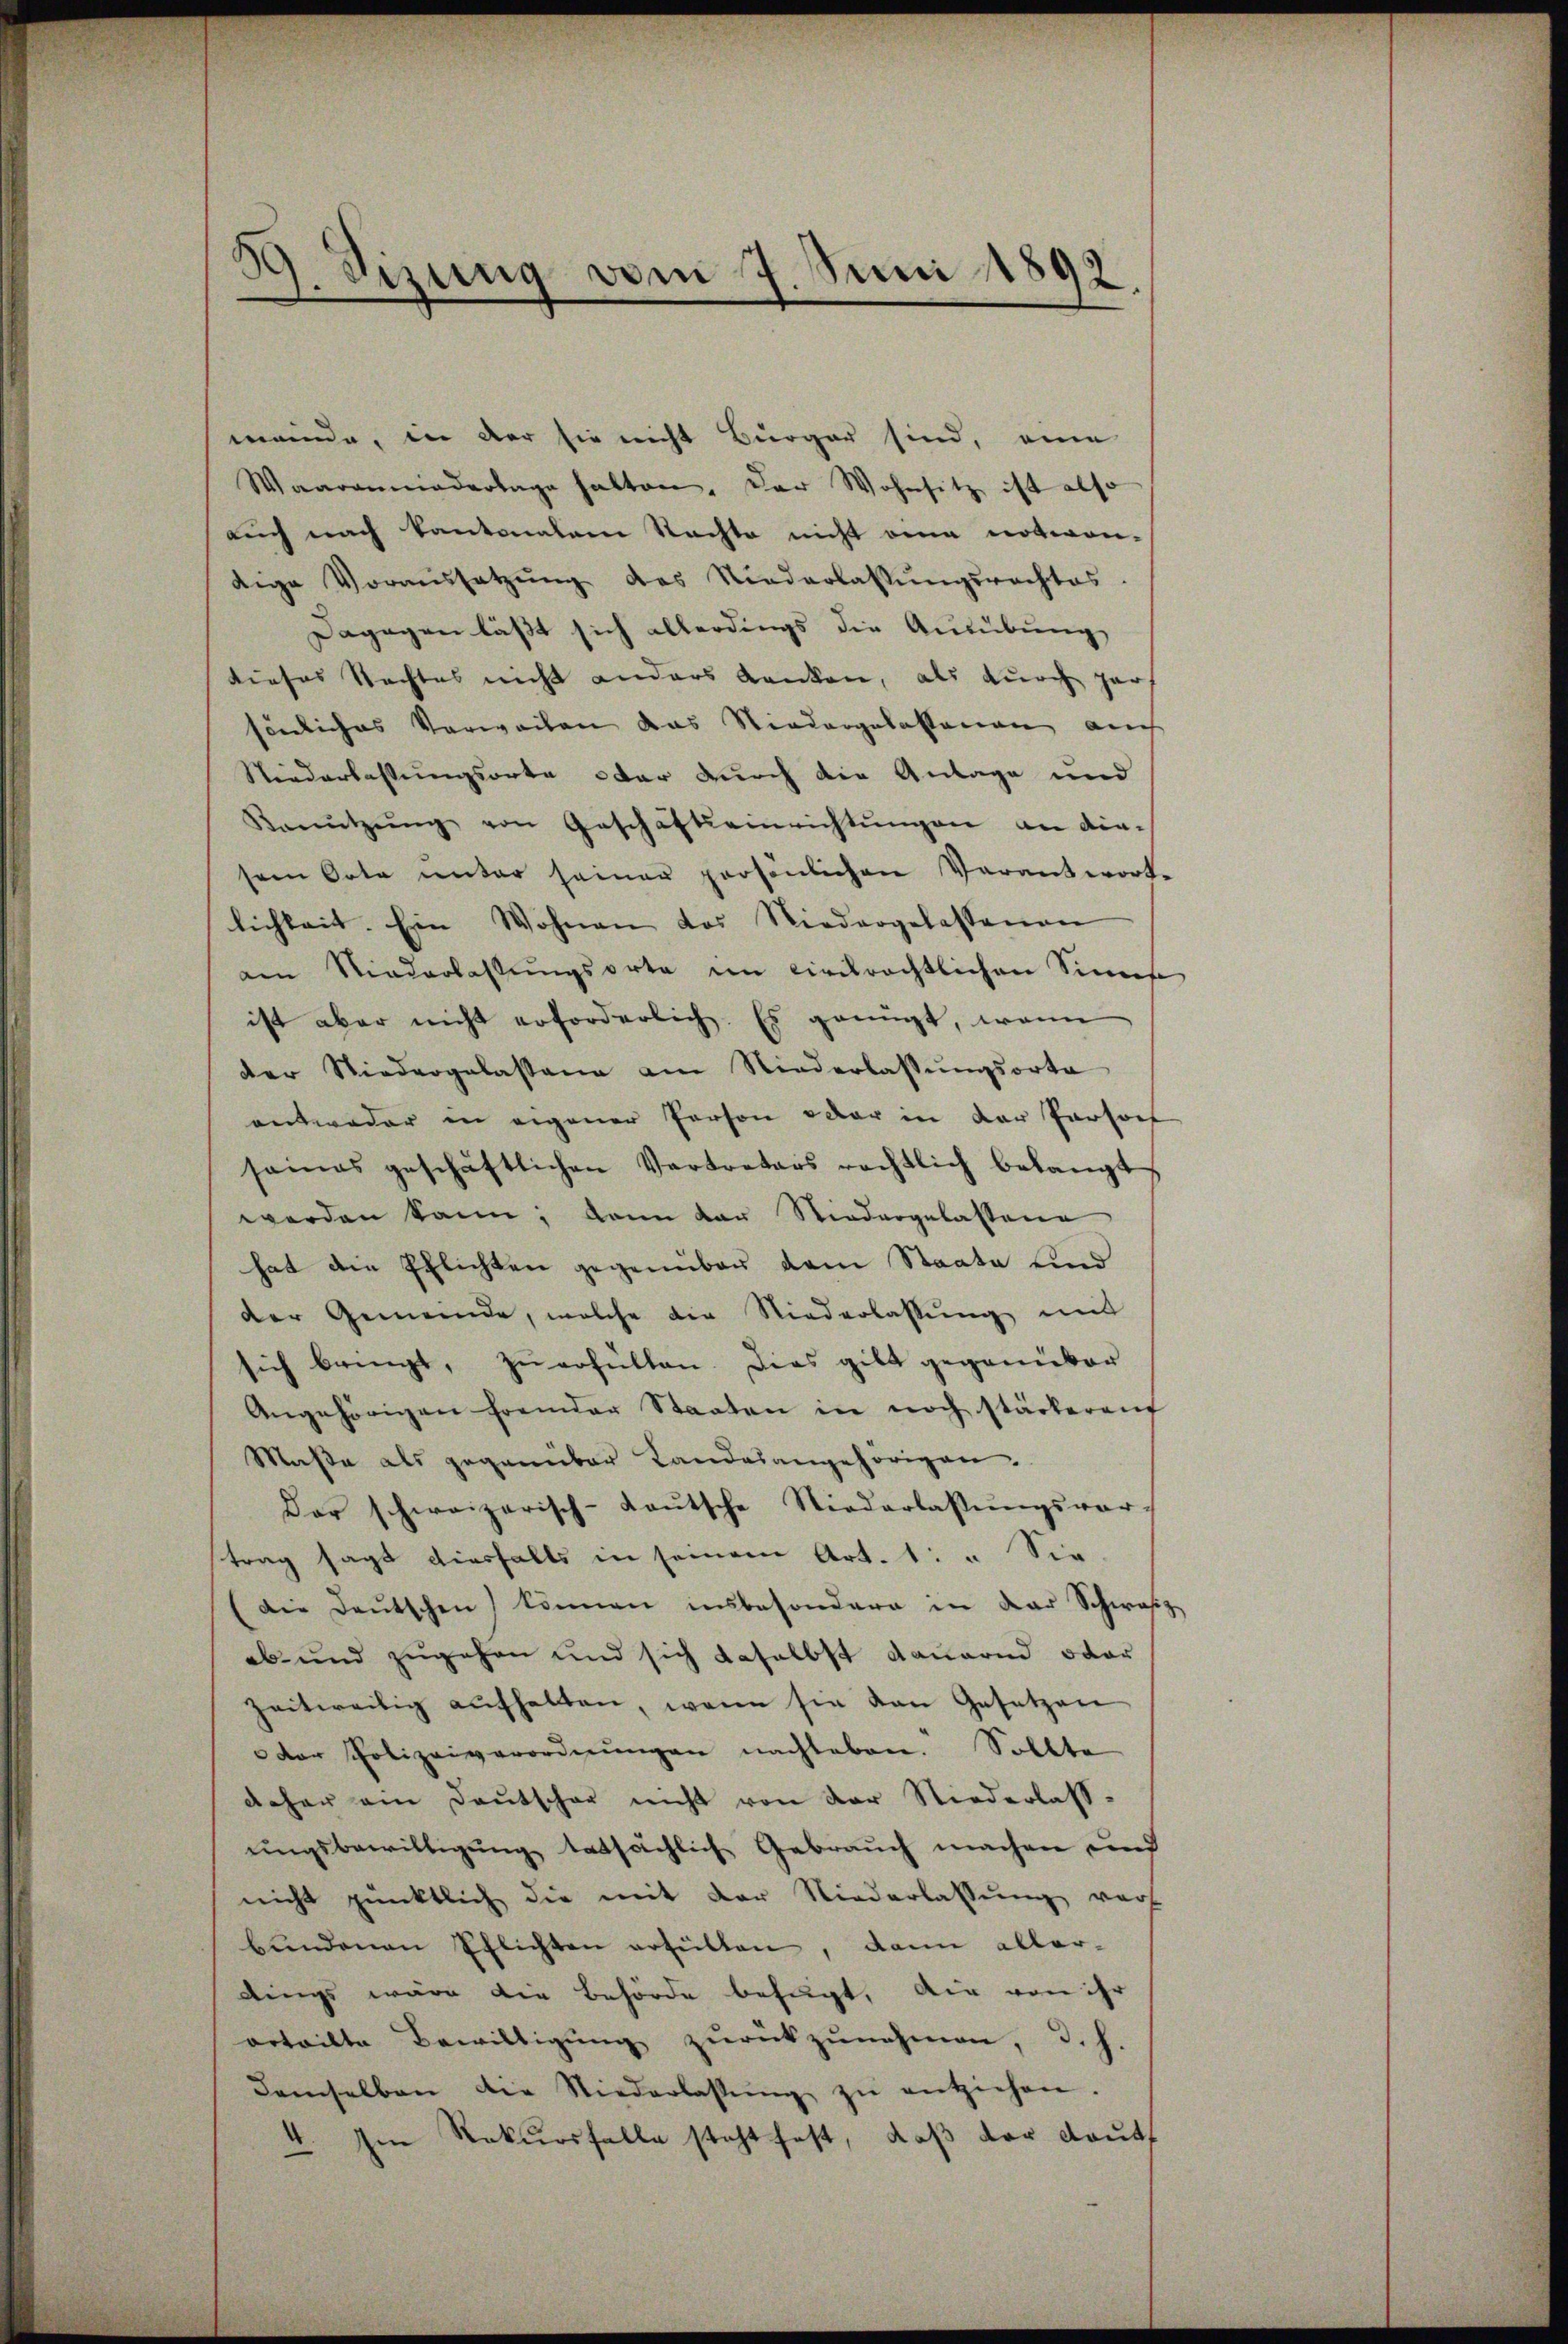
39. Sizung vom 7. Juni 1892.

meinde, in der sie nicht Bürger sind, eine
Waarenniedertage hatten, der Wohnsitz ist also
auch nach kantonalen Rechte nicht eine noteon-
dige Voraussetzŭng des Niederlassŭngsrechtes.
Dagegen läßt sich allerdings die Ausübung
dieses Nachtes nicht anders danken, als durch gar
sönliches Verweiten das Niedergelassenen auch
Niederlassungsorte oder durch die Anlage und
Benŭtzŭng von Geschäftseinrichtŭngen an diesem Orte unter seiner persönlichen Verantwort-
lichkeit. Ein Wohnen das Niedergelassenen
an Niederlassŭngsorte im Eindrechtlichen Sinne
ist aber nicht erforderlich. Es genügt, wenn
der Niedergelassung am Niederlassŭngsorte
antweder in eigener Person oder in der Persort
seines geschäftlichen Vertreters rechtlich belangt
werden kann; dann der Niedergelassene
hat den Pflichten gegenüber dem Staate und
der Gemeinde, welche die Niederlassŭng mit
sich bringt, zu erfüllen. Dies gibt gegenüber
Angehörigen fremder Staaten in noch stärkerauf
Maße als gegenüber Landesangehörigen.
Dar schweizerisch-Kaŭtsche Niederlassŭngsvortrag sagt diesfalls in seinem Art. 1: " Sie
Die Deutschen können unbesondere in der Schwarz
ab und zugehen und sich daselbst dauernd oder
zeitweilig aŭfhalten, wenn sie von Gesetzen
der Polizeiverordnungen nachleben. Sollte
daher ein Deutscher nicht von der Niederlass-
ŭngsbewilligŭng tatsächlich Gebraŭch machen und
nicht pünktlich die mit der Niederlassung vor
bŭndenen Pflichten erfüllen, dann aller-
dings wäre die Behörde befugt, die von ihr
orteilte Bewilligŭng zŭrückzŭnehmen, d. h.
demselben die Niederlassŭng zŭ entziehen.
4. Im Rekursfalle steht fest, daß der Kauts